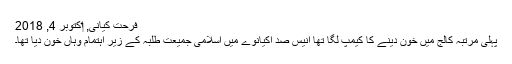
فرحت کیانی, ‏اکتوبر 4, 2018
پہلی مرتبہ کالج میں خون دینے کا کیمپ لگا تھا انیس صد اکیانوے میں اسلامی جمیعت طلبہ کے زیر اہتمام وہاں خون دیا تھا۔